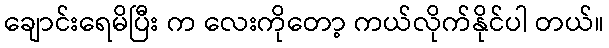
ချောင်းရေမိပြီး က လေးကိုတော့ ကယ်လိုက်နိုင်ပါ တယ်။